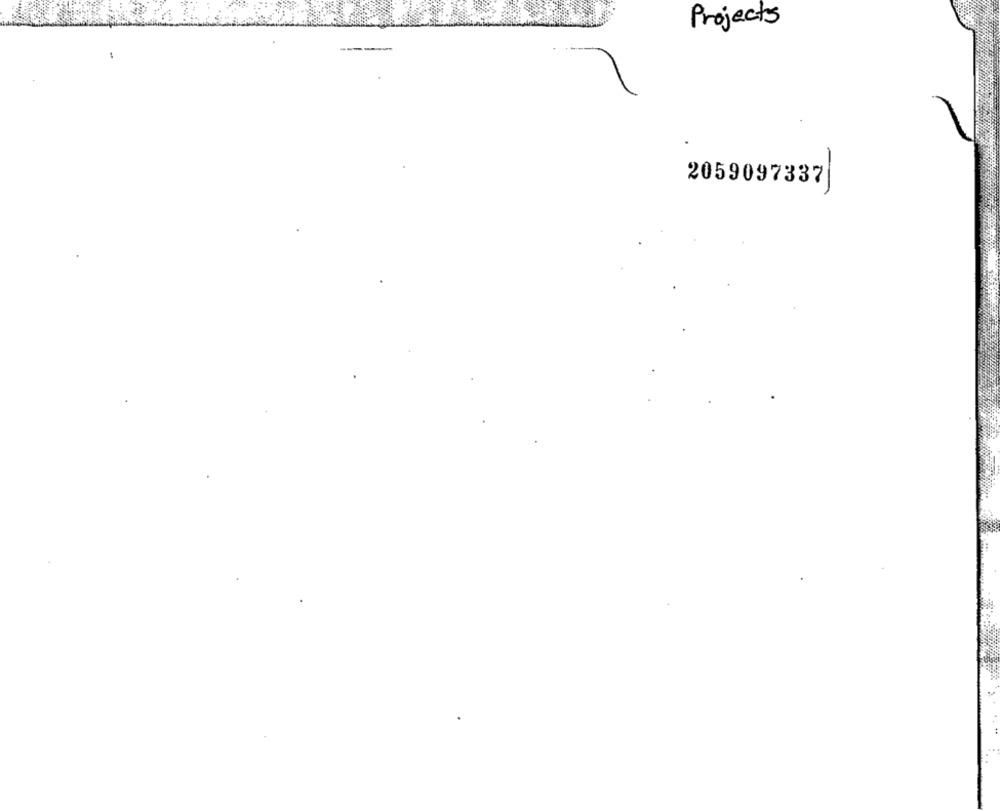
Projects
------
2059097337|